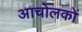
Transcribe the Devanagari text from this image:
आचोलकों